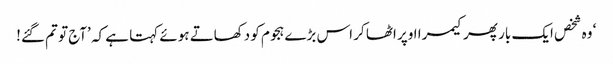
‘ وہ شخص ایک بار پھر کیمرا اوپر اٹھا کر اس بڑے ہجوم کو دکھاتے ہوئے کہتا ہے کہ ’آج تو تم گئے!